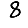
Digit: 8